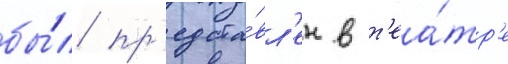
бы́л пр'едста́вл'ен в т'еа́тр'е